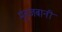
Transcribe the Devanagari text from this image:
मुंहजबानी